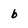
Character: b